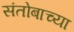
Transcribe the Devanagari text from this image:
संतोबाच्या